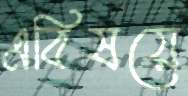
এবিষয়ে